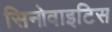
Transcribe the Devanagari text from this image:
सिनोवाइटिस